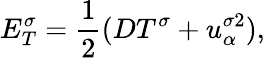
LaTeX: E_{T}^{\sigma}=\frac{1}{2}(DT^{\sigma}+u_{\alpha}^{\sigma 2}),